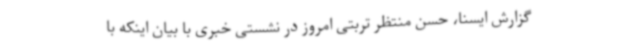
گزارش ایسنا، حسن منتظر تربتی امروز در نشستی خبری با بیان اینکه با